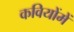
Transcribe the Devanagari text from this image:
कवियोंमें